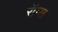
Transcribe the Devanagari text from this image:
रॉग्स